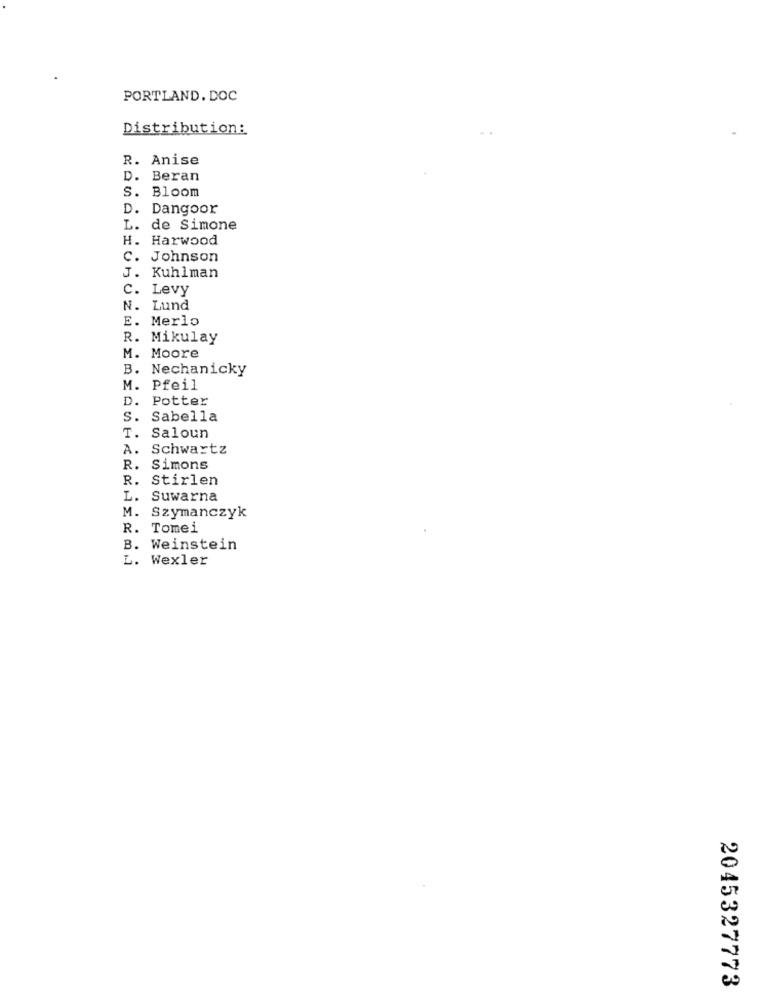
PORTLAND. DOC
Distribution:
R. Anise
D. Beran
S. Bloom
D. Dangoor
de Simone
H. Harwood
C. Johnson
J. Kuhlman
C. Levy
Lund
E. Merlo
R. Mikulay
M. Moore
B.
Nechanicky
M. Pfeil
D. Potter
S.
Sabella
T. Saloun
A. Schwartz
R. Simons
R. Stirlen
L. Suwarna
M. Szymanczyk
R. Tomei
B. Weinstein
L. Wexler
2045327773